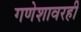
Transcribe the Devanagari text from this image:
गणेशावरही